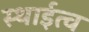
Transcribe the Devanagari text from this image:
स्थाईत्व